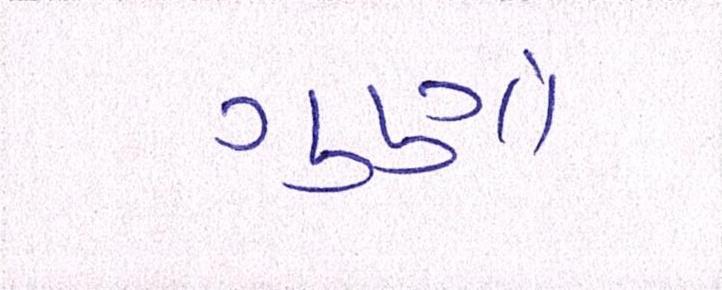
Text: ગુણો